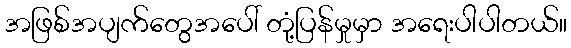
အဖြစ်အပျက်တွေအပေါ် တုံ့ပြန်မှုမှာ အရေးပါပါတယ်။